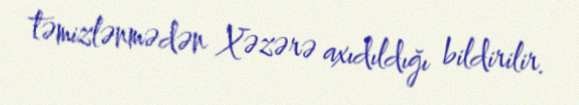
təmizlənmədən Xəzərə axıdıldığı bildirilir.